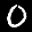
Label: 0